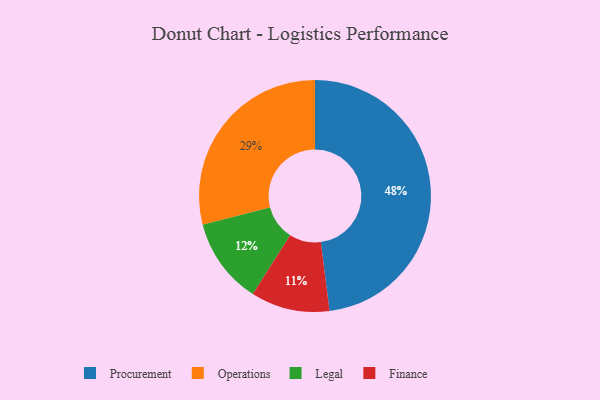
{"axis": {"x": "Category", "y": "Percentage"}, "legend": ["Finance", "Legal", "Operations", "Procurement"], "data": [{"x": "Finance", "y": 11, "type": "Finance"}, {"x": "Legal", "y": 12, "type": "Legal"}, {"x": "Operations", "y": 29, "type": "Operations"}, {"x": "Procurement", "y": 48, "type": "Procurement"}]}